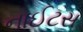
નાઈટસ